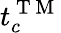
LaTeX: t_{c}^{\mathrm{~T~M~}}